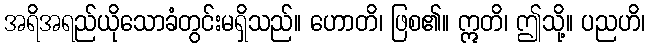
အရိအရည်ယိုသောခံတွင်းမရှိသည်။ ဟောတိ၊ ဖြစ၏။ ဣတိ၊ ဤသို့။ ပညဟိ၊